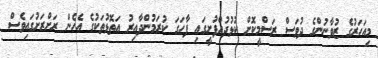
މިއަހަރުގެ ޒުވާނުންގެ ދުވަސް ރަސްމީކޮށް ކުޅުދުއްފުށީގައި ފާހަގަ ކުރަމުންދާއިރު އަތޮޅުތަކުގެ އެހެން ރަށްރަށުގައިވެސް